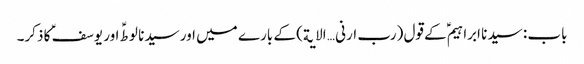
باب : سیدنا ابراہیمؑ کے قول (رب ارنی … الایة) کے بارے میں اور سیدنا لوطؑ اور یوسفؑ کا ذکر۔